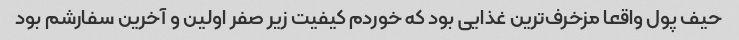
حیف پول واقعا مزخرف‌ترین غذایی بود که خوردم کیفیت زیر صفر اولین و آخرین سفارشم بود